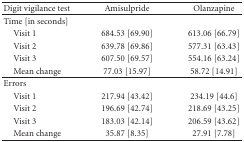
| Digit vigilance test | Amisulpride | Olanzapine |
 | --- | --- | --- |
 | Time [in seconds] |  |  |
 | Visit 1 | 684.53 [69.90] | 613.06 [66.79] |
 | Visit 2 | 639.78 [69.86] | 577.31 [63.43] |
 | Visit 3 | 607.50 [69.57] | 554.16 [63.24] |
 | Mean change | 77.03 [15.97] | 58.72 [14.91] |
 | Errors |  |  |
 | Visit 1 | 217.94 [43.42] | 234.19 [44.6] |
 | Visit 2 | 196.69 [42.74] | 218.69 [43.25] |
 | Visit 3 | 183.03 [42.14] | 206.59 [43.62] |
 | Mean change | 35.87 [8.35] | 27.91 [7.78] |